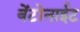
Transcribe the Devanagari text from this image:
बेंटोनाईट